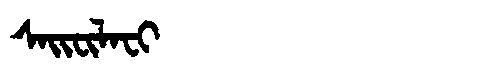
Manchu: ᠰᠠᡳᠸᡳᠯᠠᠸᡳ
Romanization: SAIFILAFI